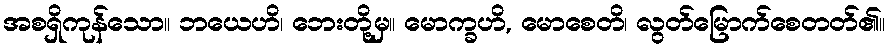
အစရှိကုန်သော။ ဘယေဟိ၊ ဘေးတို့မှ။ မောက္ခဟိ, မောစေတိ၊ လွတ်မြောက်စေတတ်၏။